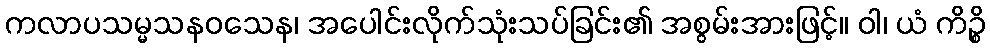
ကလာပသမ္မသနဝသေန၊ အပေါင်းလိုက်သုံးသပ်ခြင်း၏ အစွမ်းအားဖြင့်။ ဝါ၊ ယံ ကိဉ္စိ